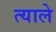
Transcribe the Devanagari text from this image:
त्याले